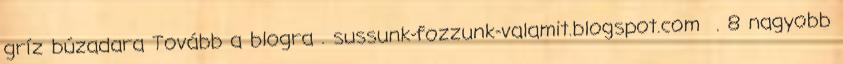
gríz búzadara Tovább a blogra . sussunk-fozzunk-valamit.blogspot.com . 8 nagyobb